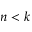
n < k